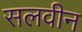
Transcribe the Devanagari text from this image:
सलवीन